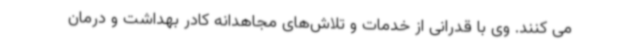
می کنند. وی با قدرانی از خدمات و تلاش‌های مجاهدانه کادر بهداشت و درمان